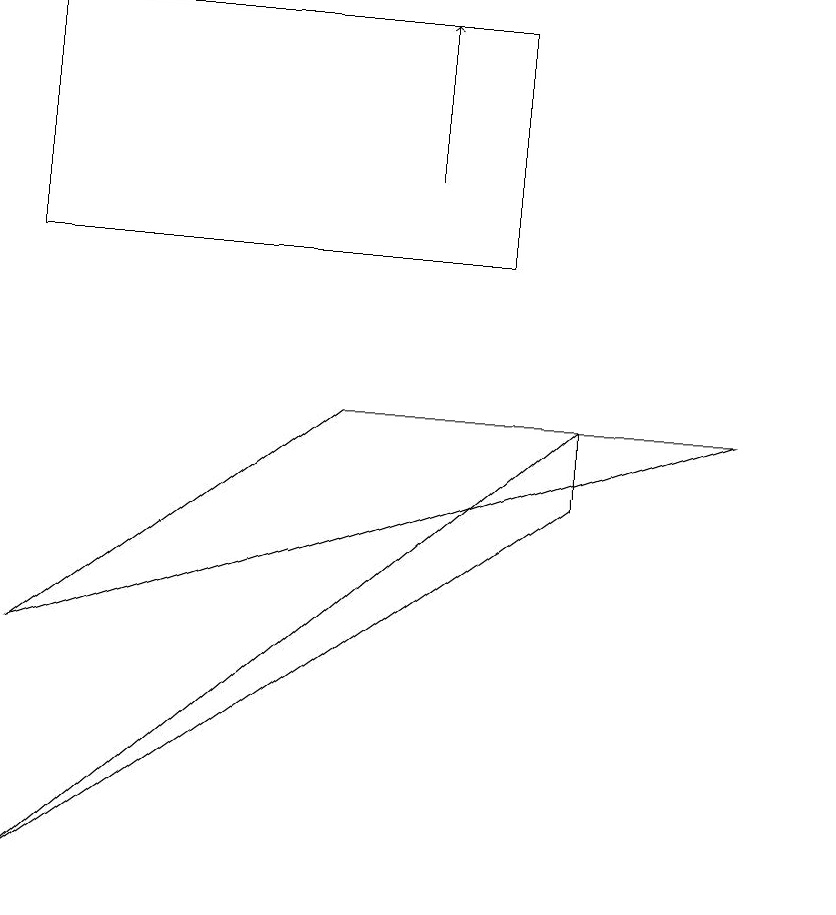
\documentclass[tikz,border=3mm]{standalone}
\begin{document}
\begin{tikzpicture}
\draw (0,14) rectangle (6,11);
\draw (10,10) circle (0);
\draw[->] (5,12) -- (5,14);
\draw (4,9) -- (0,6) -- (9,9) -- cycle;
\draw (7,8) -- (0,3) -- (7,9) -- cycle;
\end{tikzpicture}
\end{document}